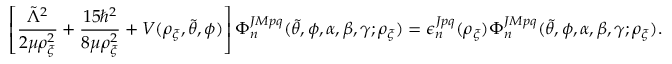
\left[ \frac { \Tilde { \Lambda } ^ { 2 } } { 2 \mu \rho _ { \xi } ^ { 2 } } + \frac { 1 5 \hbar ^ { 2 } } { 8 \mu \rho _ { \xi } ^ { 2 } } + V ( \rho _ { \xi } , \Tilde { \theta } , \phi ) \right] \Phi _ { n } ^ { J M p q } ( \Tilde { \theta } , \phi , \alpha , \beta , \gamma ; \rho _ { \xi } ) = \epsilon _ { n } ^ { J p q } ( \rho _ { \xi } ) \Phi _ { n } ^ { J M p q } ( \Tilde { \theta } , \phi , \alpha , \beta , \gamma ; \rho _ { \xi } ) .